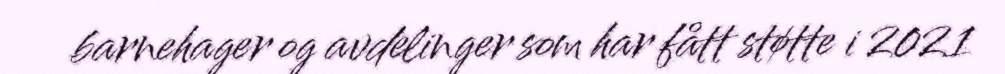
barnehager og avdelinger som har fått støtte i 2021